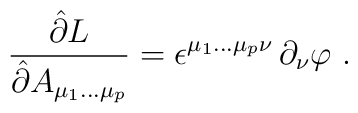
\frac{\hat\partial L}{\hat\partial A_{\mu_1 \ldots \mu_p}} =\epsilon^{\mu_1 \ldots \mu_p\nu} \, \partial_\nu\varphi\ .